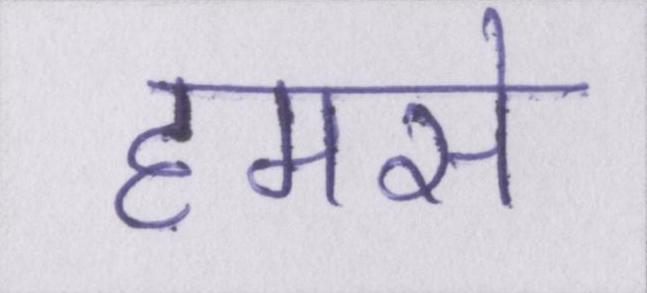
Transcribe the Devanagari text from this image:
हमसे